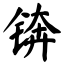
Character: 锛